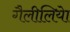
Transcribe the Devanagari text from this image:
गैलीलियेा